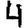
Digit: 4